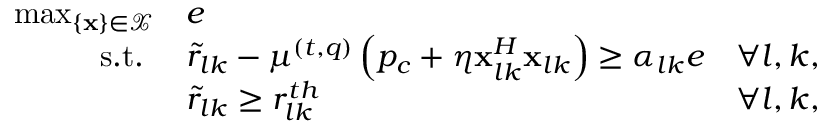
\begin{array} { r l r } { \operatorname* { m a x } _ { \{ \mathbf { x } \} \in \mathcal { X } } } & { e } \\ { \mathrm { s . t . } \, \, } & { \tilde { r } _ { l k } - \mu ^ { ( t , q ) } \left( p _ { c } + \eta \mathbf { x } _ { l k } ^ { H } \mathbf { x } _ { l k } \right) \geq \alpha _ { l k } e } & { \forall l , k , } \\ & { \tilde { r } _ { l k } \geq r _ { l k } ^ { t h } } & { \forall l , k , } \end{array}